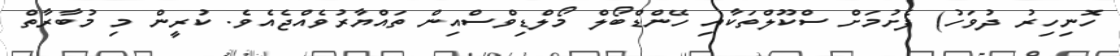
ހޮނިހިރު ދުވަހު) ފެށުމަށް ސްކޫލްތަކާއި ހޭންޑްބޯލް މޯލްޑިވްސްއިން ތައްޔާރުވެއްޖެއެވެ. ކުރީން މި މުބާރާތް